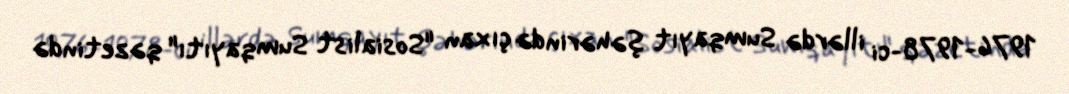
1976-1978-ci illərdə Sumqayıt şəhərində çıxan "Sosialist Sumqayıtı" qəzetində